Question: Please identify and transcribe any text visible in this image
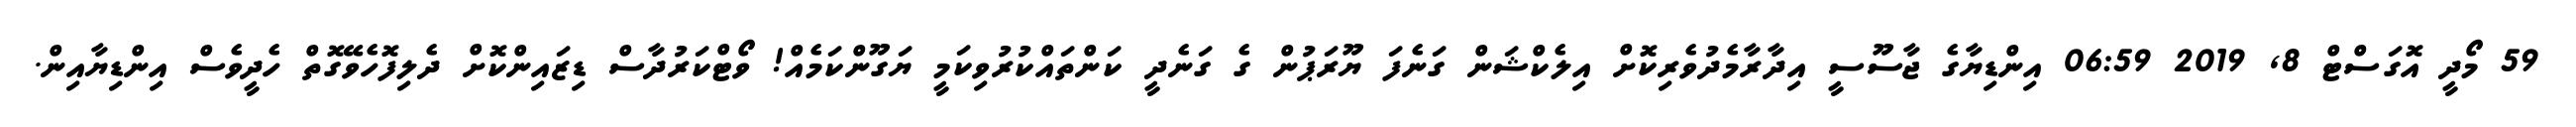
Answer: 59 މޯދީ އޮގަސްޓް 8, 2019 06:59 އިންޑިޔާގެ ޖާސޫސީ އިދާރާމެދުވެރިކޮށް އިލެކްޝަން ގަނެފަ ޔޫރަޕުން ގެ ގަނެދީ ކަންތައްކުރުވިކަމީ ޔަގޫންކަމެއް! ވޯޓްކަރުދާސް ޑިޒައިންކޮށް ދެލިފޮހެވޭގޮތް ހެދީވެސް އިންޑިޔާއިން.